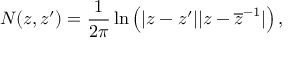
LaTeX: N ( z , z ^ { \prime } ) = \frac { 1 } { 2 \pi } \ln \left( | z - z ^ { \prime } | | z - \overline { { { z } } } ^ { - 1 } | \right) ,